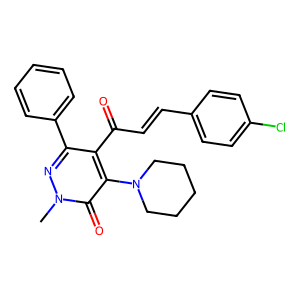
SMILES: Cn1nc(-c2ccccc2)c(C(=O)C=Cc2ccc(Cl)cc2)c(N2CCCCC2)c1=O
Inhibits HIV replication: No